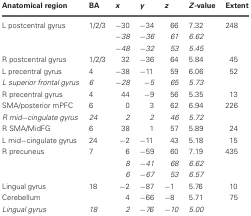
| Anatomical region | BA | x | y | z | Z-value | Extent |
 | --- | --- | --- | --- | --- | --- | --- |
 | L postcentral gyrus | 1/2/3 | −30 | −34 | 66 | 7.32 | 248 |
 |  |  | −38 | −36 | 61 | 6.62 |  |
 |  |  | −48 | −32 | 53 | 5.45 |  |
 | R postcentral gyrus | 1/2/3 | 32 | −36 | 64 | 5.84 | 45 |
 | L precentral gyrus | 4 | −38 | −11 | 59 | 6.06 | 52 |
 | L superior frontal gyrus | 6 | −28 | −5 | 65 | 5.73 |  |
 | R precentral gyrus | 4 | 44 | −9 | 56 | 5.35 | 13 |
 | SMA/posterior mPFC | 6 | 0 | 3 | 62 | 6.94 | 226 |
 | R mid−cingulate gyrus | 24 | 2 | 2 | 46 | 5.72 |  |
 | R SMA/MidFG | 6 | 38 | 1 | 57 | 5.89 | 24 |
 | L mid−cingulate gyrus | 24 | −2 | −11 | 43 | 5.18 | 15 |
 | R precuneus | 7 | 6 | −59 | 60 | 7.19 | 435 |
 |  |  | 8 | −41 | 68 | 6.62 |  |
 |  |  | 6 | −67 | 53 | 6.57 |  |
 | Lingual gyrus | 18 | −2 | −87 | −1 | 5.76 | 10 |
 | Cerebellum |  | 4 | −66 | −8 | 5.71 | 75 |
 | Lingual gyrus | 18 | 2 | −76 | −10 | 5.00 |  |